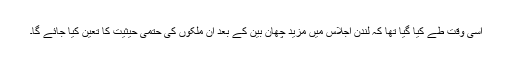
اُسی وقت طے کیا گیا تھا کہ لندن اجلاس میں مزید چھان بین کے بعد ان ملکوں کی حتمی حیثیت کا تعین کیا جائے گا۔